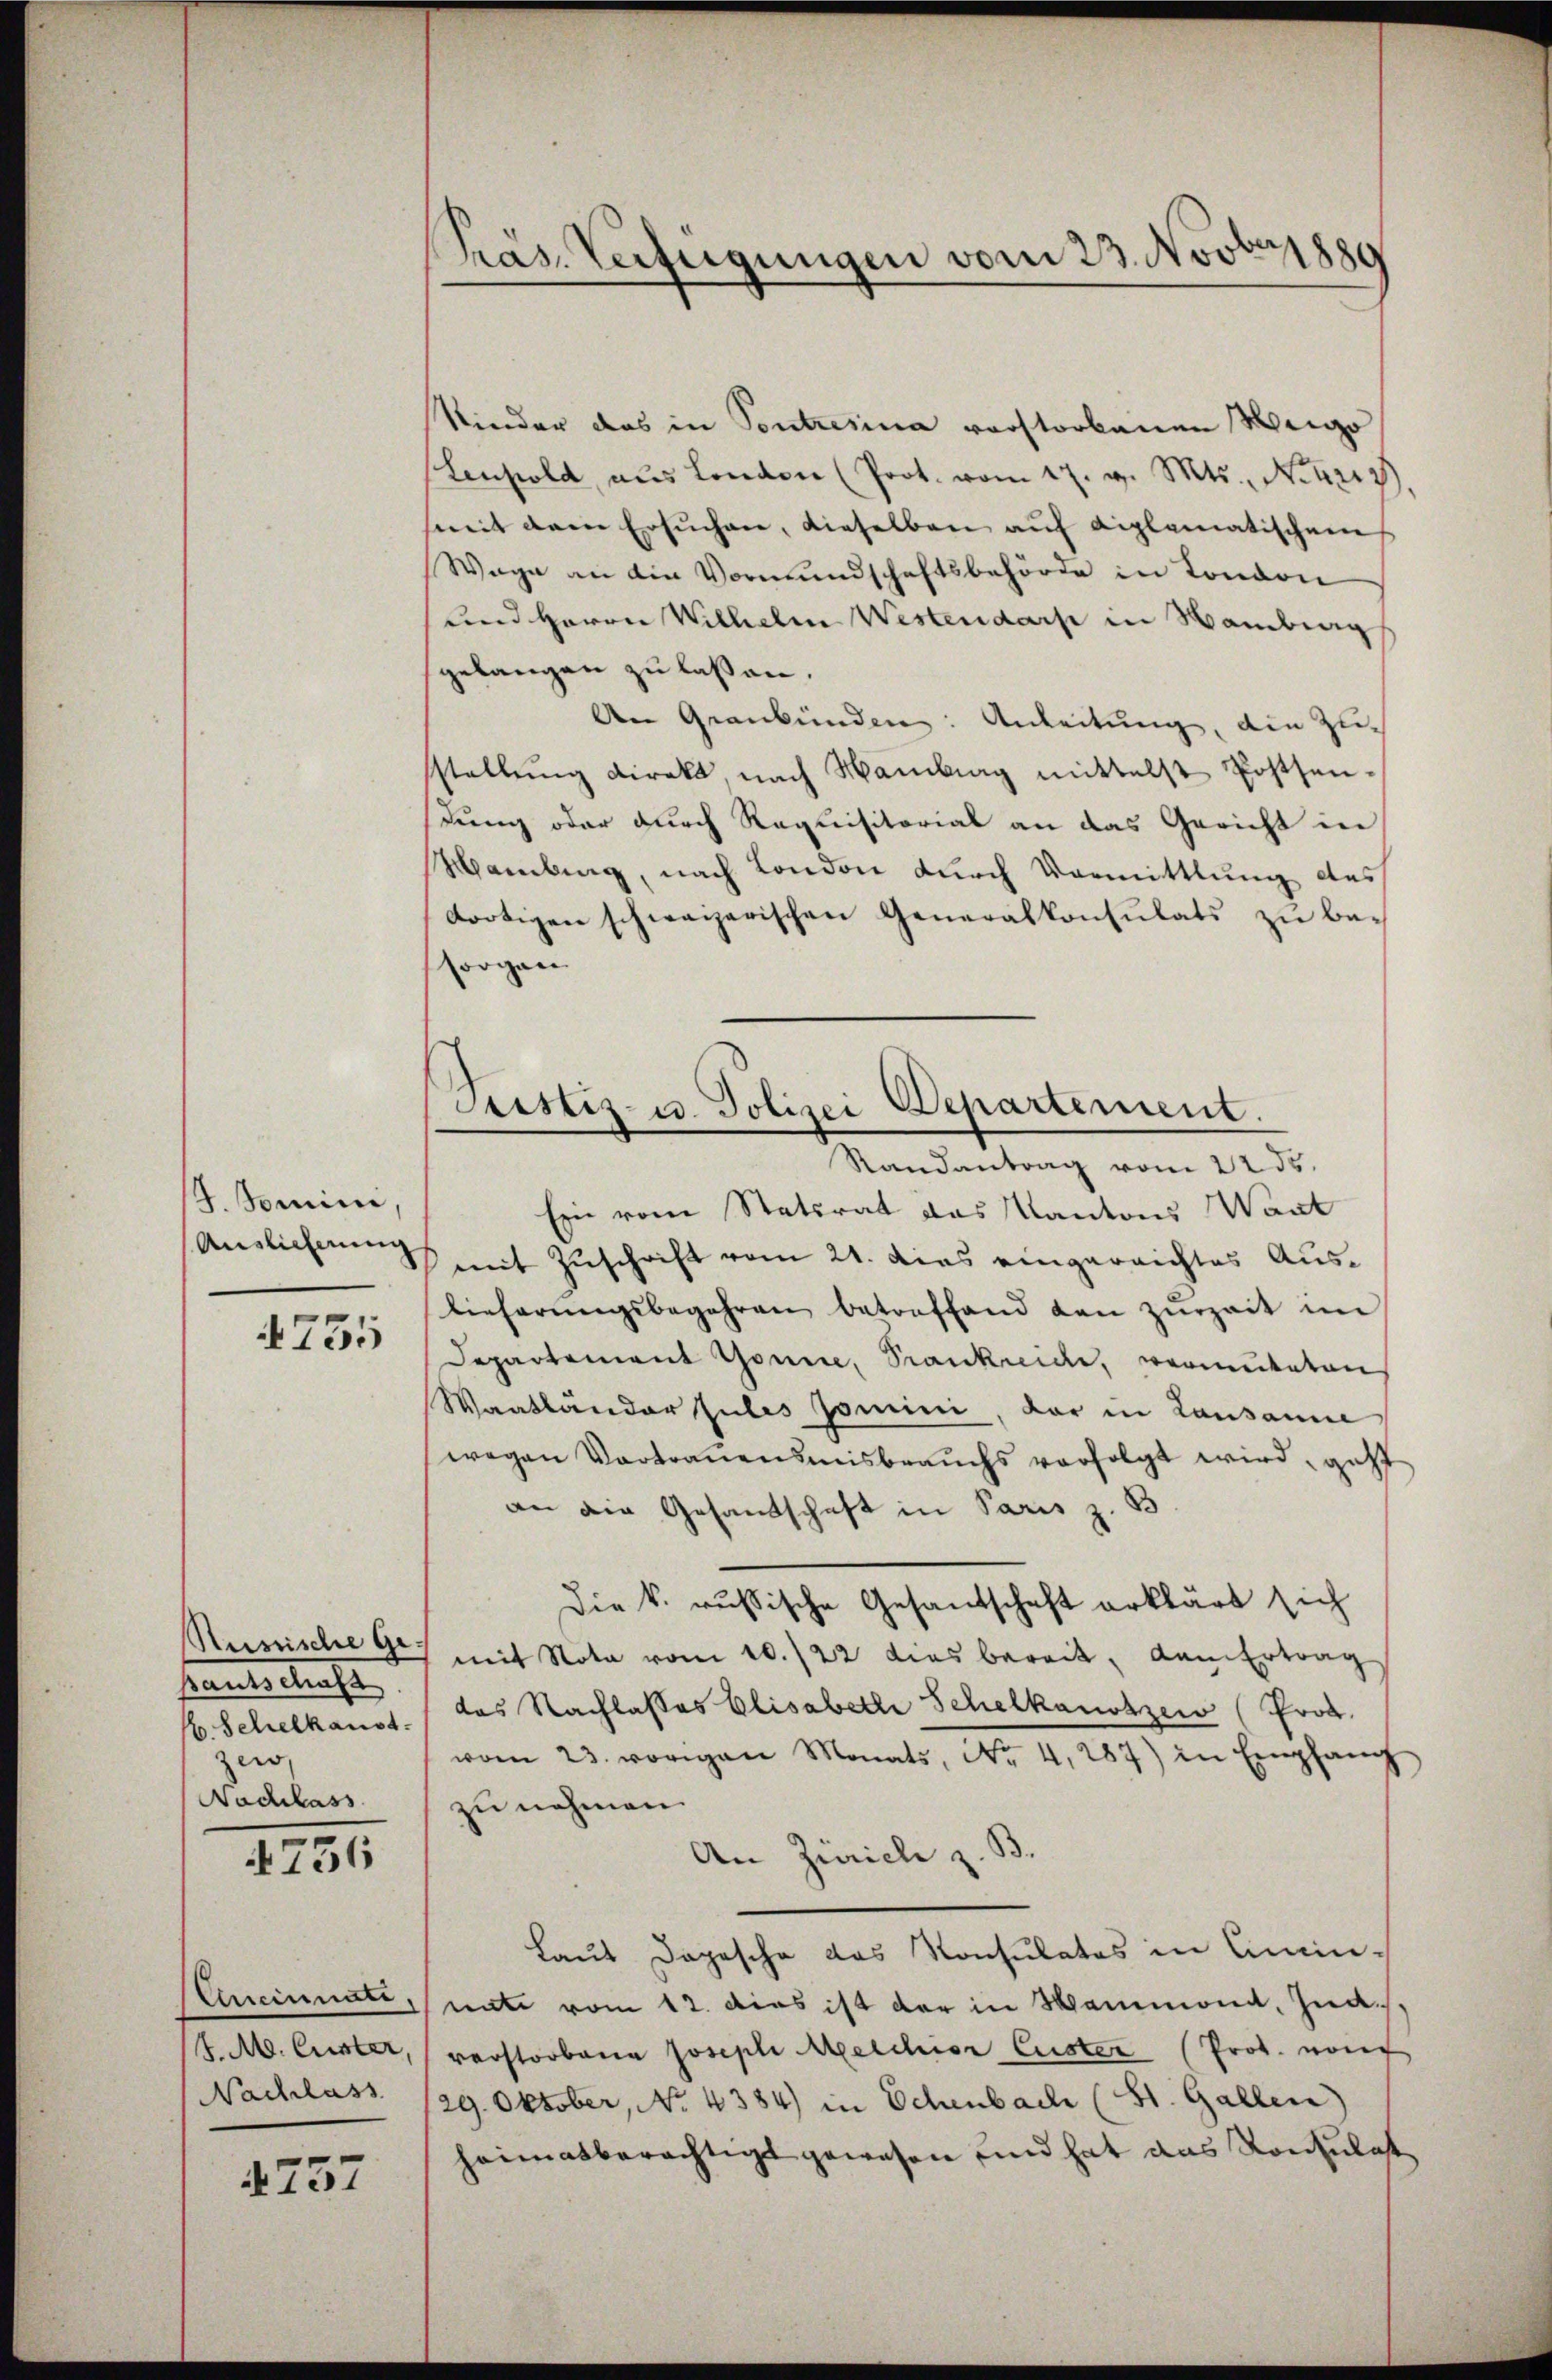
J. Domini,
Auslicherung

4735

Russische Ge
santerbrache
. Schelkanst
zew,
Nachhass

736

Uneinnati
S. M. Custer,
Nachlass

757

Präs. Verfügungen vom 23. Novbr. 1880

Sistiz- u. Polizei Departement.
Randantrag vom 22 ds.

Kinder das in Contrerina vorstorbenen Weige
Lenpold, aus London (Prot. vom 17. v. Mts., N. Karz
mit dem ersŭchen, dieselben aŭf diplomatischen
Wage an die Vormundschaftsbehörde in London
und Herrn Wilhelm Westendarst in Hamburg
gelangen zu lassen.
An Graubünden: Anleitung, die Zustellŭng direkt, nach Hamburg mittelst Postsen
lung oder durch Requisitorial an das Gericht in
Mamburg, nach London durch Vormittlung des
dortigen schwagerischen Generalkonsulats zu besorgen
Ein vom Statsrat das Kantons Wart
mit Zuschrift vom 21. dies eingereichtes Auslieferŭngsbegehren betreffend den zurzeit im
Departement Gönne, Trankrice, vermuteten
Waatländer zules somini, vor in Lausanne
wegen Vortrauensmisbrauchs verfolgt wird, geht
an die Gesandschaft in Paris z. B
Die k. russische Gesandschaft erklärt sich
mit Nota vom 10./22 dies bereit, dem Ertrag
das Nachlasses Elisabeth Schelkautzen (Prok.
vom 23. vorigen Monats, No. 4,287) in Empfang
zu nehmen.
An Zürich z. B.
Laut Depesche das Konsulates in Cincin-
nate vom 12. dies ist der in Mammond, Ind
verstorbene Joseph Melchior Custer (Prot. von
129. Oktober, No. 4384) in Schenbach (St. Gallen)
heimatberechtigt gewesen und hat das Konzulas¬